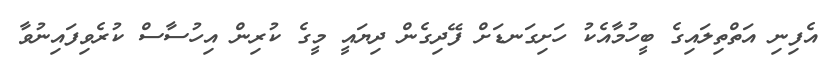
އެފިނި އަތްތިލައިގެ ބީހުމާއެކު ހަށިގަނޑަށް ފޭދިގެން ދިޔައީ މީގެ ކުރިން އިހުސާސް ކުރެވިފައިނުވާ